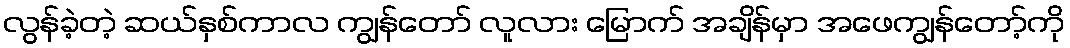
လွန်ခဲ့တဲ့ ဆယ်နှစ်ကာလ ကျွန်တော် လူလား မြောက် အချိန်မှာ အဖေကျွန်တော့်ကို